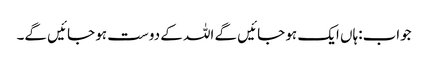
جواب:ہاں ایک ہو جائیں گے اللہ کے دوست ہو جائیں گے۔